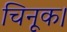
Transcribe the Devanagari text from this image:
चिनूक।